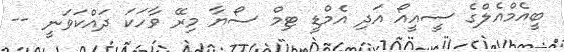
ބީއެމްއެލްގެ ސީއީއޯ އަދި އެމްޑީ ޓިމް ސޯޔާ މިރޭ ވާހަކަ ދައްކަވަނީ --